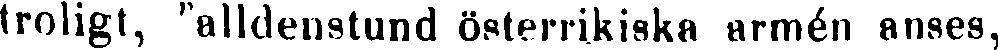
troligt, "alldenstund österrikiska armén anses,